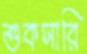
শুকসারি